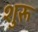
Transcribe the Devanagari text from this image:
शुरू